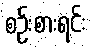
စဉ်းစားရင်း